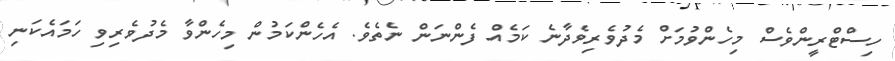
ހިސްޓްރީންވެސް މިހެންވުމަށް މެދުވެރިވެދާނެ ކަމެއް ފެންނަން ނެތެވެ. އެހެންކަމުން މިހެންވާ މެދުވެރިވި ހަމައެކަނި